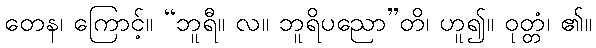
တေန၊ ကြောင့်။ “ဘူရီ။ လ။ ဘူရိပညော”တိ၊ ဟူ၍။ ဝုတ္တံ၊ ၏။